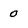
Character: 0